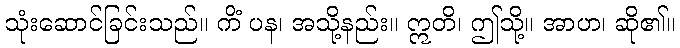
သုံးဆောင်ခြင်းသည်။ ကိံ ပန၊ အသို့နည်း။ ဣတိ၊ ဤသို့။ အာဟ၊ ဆို၏။